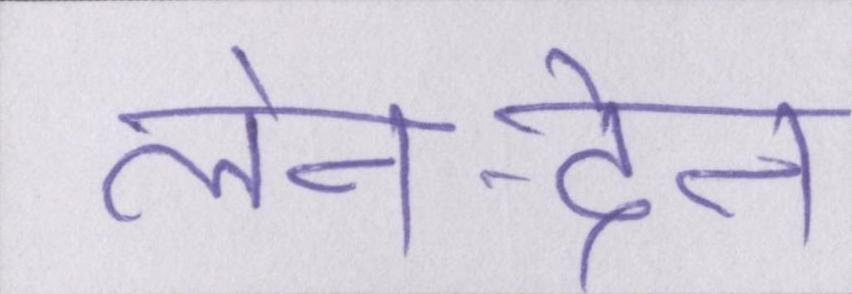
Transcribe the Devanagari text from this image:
लेन-देन